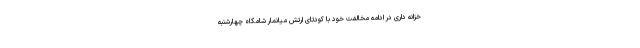
خزانه داری در ادامه مخالفت خود با کودتای ارتش میانمار شامگاه چهارشنبه